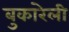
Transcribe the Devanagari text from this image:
बुकारेली